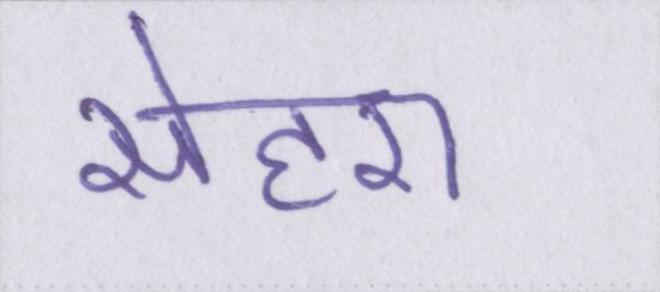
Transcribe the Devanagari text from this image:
सेहरा